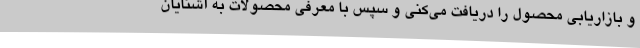
و بازاریابی محصول را دریافت می‌کنی و سپس با معرفی محصولات به آشنایان